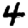
Digit: 4